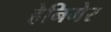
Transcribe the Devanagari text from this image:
हेनिगेर